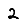
Digit: 2